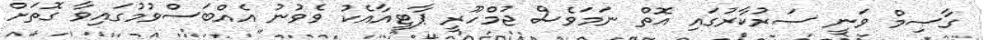
ގާސިމް ވަނީ ސަރުކާރުގައި އޮތް ނަމަވެސް ޖުމްހޫރީ ޕާޓީއާއެކު ވެވުނު އެއްބަސްވުމުގައިވާ ގޮތަށް